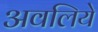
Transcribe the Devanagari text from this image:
अवलिये